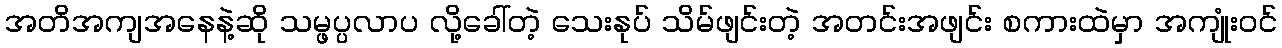
အတိအကျအနေနဲ့ဆို သမ္ဖပ္ပလာပ လို့ခေါ်တဲ့ သေးနုပ် သိမ်ဖျင်းတဲ့ အတင်းအဖျင်း စကားထဲမှာ အကျုံးဝင်